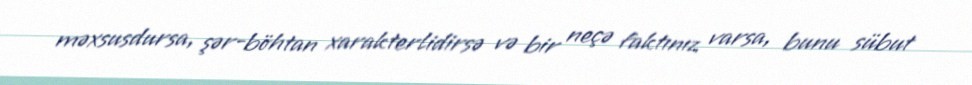
məxsusdursa, şər-böhtan xarakterlidirsə və bir neçə faktınız varsa, bunu sübut